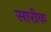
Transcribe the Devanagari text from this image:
सारीक